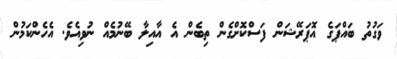
ވަގުތު ބައްޕަގެ އޮޕަރޭޝަން ފަސްކޮށްގެން ތިބެން އެ އާއިލާ ބޭނުމެއް ނުވިއެވެ. އެހެންކަމުން